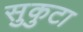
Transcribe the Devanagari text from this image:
सुकुटा